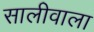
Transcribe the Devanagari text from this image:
सालीवाला